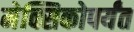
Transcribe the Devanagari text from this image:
मेक्सिकोपर्यंत